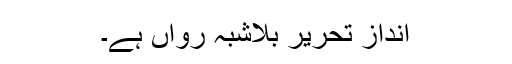
انداز تحریر بلاشبہ رواں ہے۔